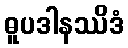
ဓူပဒါနဿိဒံ